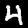
Digit: 4